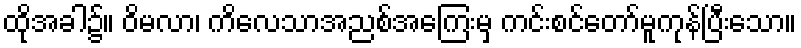
ထိုအခါ၌။ ဝိမလာ၊ ကိလေသာအညစ်အကြေးမှ ကင်းစင်တော်မူကုန်ပြီးသော။